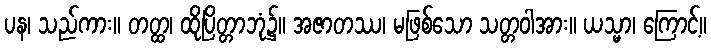
ပန၊ သည်ကား။ တတ္ထ၊ ထိုပြိတ္တာဘုံ၌။ အဇာတဿ၊ မဖြစ်သော သတ္တဝါအား။ ယသ္မာ၊ ကြောင့်။